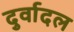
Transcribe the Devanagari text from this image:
दुर्वादल